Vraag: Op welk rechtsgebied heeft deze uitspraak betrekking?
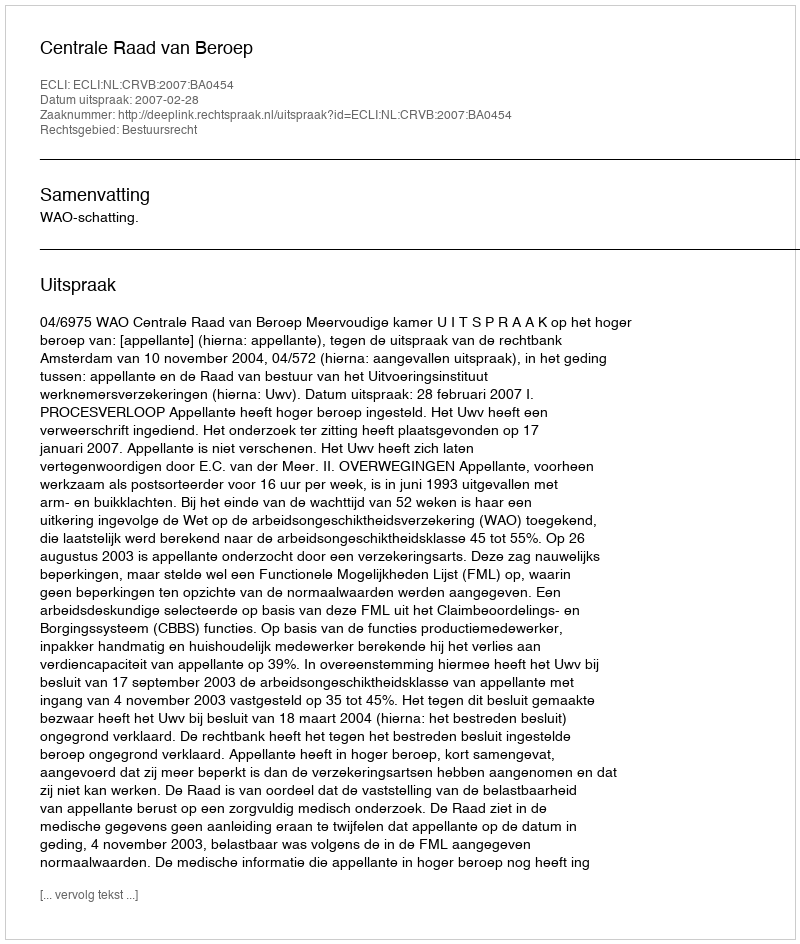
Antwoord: Bestuursrecht